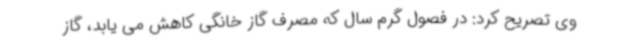
وی تصریح کرد: در فصول گرم سال که مصرف گاز خانگی کاهش می یابد، گاز